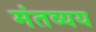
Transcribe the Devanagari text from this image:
मंतव्यय